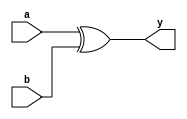
module xor_gate(a,b,y);
input a,b;
output y;
xor xorg(y,a,b);
endmodule

module testxor;
reg a,b;
wire y;
xor_gate xorg(a,b,y);
initial
begin
	$dumpfile("testxor.vcd");
	$dumpvars(0,testxor);
	a = 1'b0; b = 1'b0;
	#20
	a = 1'b0; b = 1'b1;
	#20
	a = 1'b1; b = 1'b0;
	#20
	a = 1'b1; b = 1'b1;
	#20
	$finish;
end
endmodule